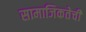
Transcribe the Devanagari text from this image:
सामाजिकतेची